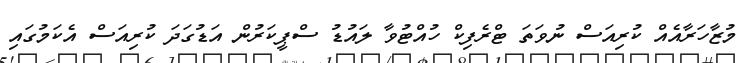
މުޒާހަރާއެއް ކުރިއަސް ނުވަތަ ޓްރެފިކް ހުއްޓުވާ ލައުޑު ސްޕީކަރުން އަޑުގަދަ ކުރިއަސް އެކަމުގައި